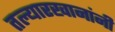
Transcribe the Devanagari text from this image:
तल्यारखानांनी